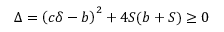
\Delta = \left( c \delta - b \right) ^ { 2 } + 4 S ( b + S ) \geq 0